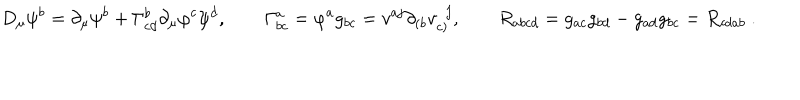
D _ { \mu } \psi ^ { b } = \partial _ { \mu } \psi ^ { b } + \Gamma _ { c d } ^ { b } \partial _ { \mu } \varphi ^ { c } \psi ^ { d } , \qquad \Gamma _ { b c } ^ { a } = \varphi ^ { a } g _ { b c } = v ^ { a j } \partial _ { ( b } v _ { c ) } ^ { ~ ~ j } , \qquad R _ { a b c d } = g _ { a c } g _ { b d } - g _ { a d } g _ { b c } = R _ { c d a b } ~ .